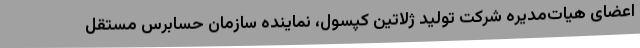
اعضای هیات‌مدیره شرکت تولید ژلاتین کپسول، نماینده سازمان حسابرس مستقل